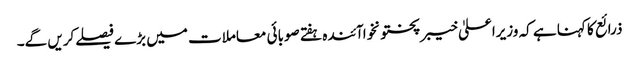
ذرائع کا کہنا ہے کہ وزیراعلیٰ خیبرپختونخواآئندہ ہفتے صوبائی معاملات میں بڑے فیصلےکریں گے۔